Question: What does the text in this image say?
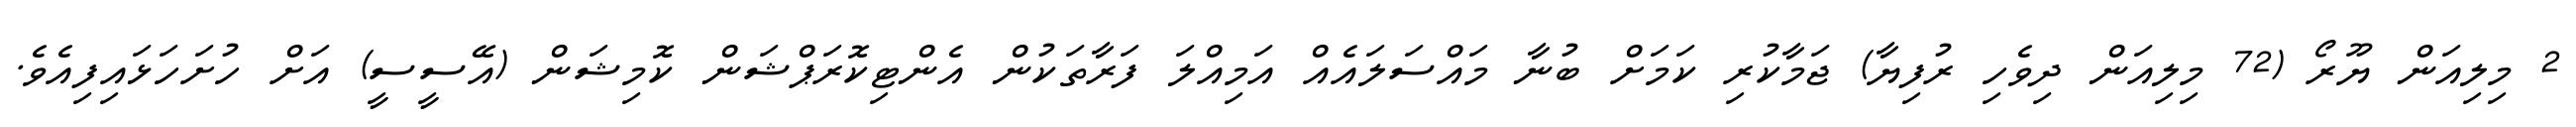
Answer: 2 މިލިއަން ޔޫރޯ (72 މިލިއަން ދިވެހި ރުފިޔާ) ޖަމާކުރި ކަމަށް ބުނާ މައްސަލައެއް އަމިއްލަ ފަރާތަކުން އެންޓިކޮރަޕްޝަން ކޮމިޝަން (އޭސީސީ) އަށް ހުށަހަޅައިފިއެވެ.